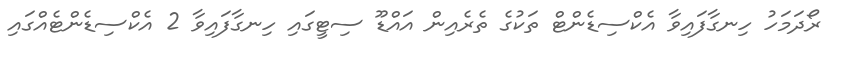
ރޯދަމަހު ހިނގާފައިވާ އެކްސިޑެންޓް ތަކުގެ ތެރެއިން އައްޑޫ ސިޓީގައި ހިނގާފައިވާ 2 އެކްސިޑެންޓެއްގައި